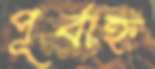
পূর্বাহ্ন